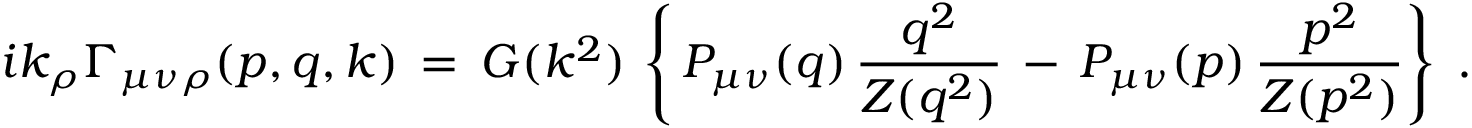
i k _ { \rho } \Gamma _ { \mu \nu \rho } ( p , q , k ) \, = \, G ( k ^ { 2 } ) \, \left\{ \, { \cal P } _ { \mu \nu } ( q ) \, \frac { q ^ { 2 } } { Z ( q ^ { 2 } ) } \, - \, { \cal P } _ { \mu \nu } ( p ) \, \frac { p ^ { 2 } } { Z ( p ^ { 2 } ) } \right\} \; .